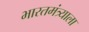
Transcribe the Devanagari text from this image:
भारतमंत्र्याला